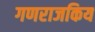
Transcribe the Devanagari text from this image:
गणराजकिय